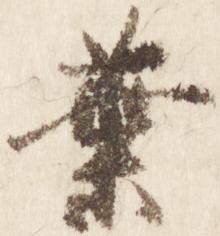
葉